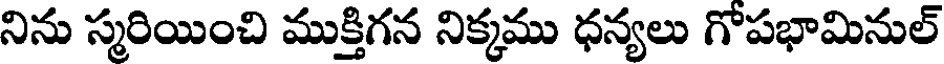
నిను స్మరియించి ముక్తిగన నిక్కము ధన్యలు గోపభామినుల్